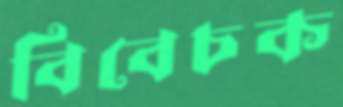
বিবেচক